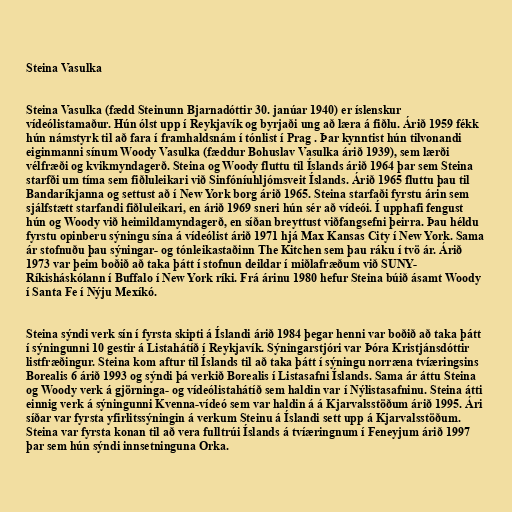
Steina Vasulka

Steina Vasulka (fædd Steinunn Bjarnadóttir 30. janúar 1940) er íslenskur
vídeólistamaður. Hún ólst upp í Reykjavík og byrjaði ung að læra á fiðlu. Árið 1959 fékk
hún námstyrk til að fara í framhaldsnám í tónlist í Prag . Þar kynntist hún tilvonandi
eiginmanni sínum Woody Vasulka (fæddur Bohuslav Vasulka árið 1939), sem lærði
vélfræði og kvikmyndagerð. Steina og Woody fluttu til Íslands árið 1964 þar sem Steina
starfði um tíma sem fiðluleikari við Sinfóníuhljómsveit Íslands. Árið 1965 fluttu þau til
Bandaríkjanna og settust að í New York borg árið 1965. Steina starfaði fyrstu árin sem
sjálfstætt starfandi fiðluleikari, en árið 1969 sneri hún sér að vídeói. Í upphafi fengust
hún og Woody við heimildamyndagerð, en síðan breyttust viðfangsefni þeirra. Þau héldu
fyrstu opinberu sýningu sína á vídeólist árið 1971 hjá Max Kansas City í New York. Sama
ár stofnuðu þau sýningar- og tónleikastaðinn The Kitchen sem þau ráku í tvö ár. Árið
1973 var þeim boðið að taka þátt í stofnun deildar í miðlafræðum við SUNY-
Ríkisháskólann í Buffalo í New York ríki. Frá árinu 1980 hefur Steina búið ásamt Woody
í Santa Fe í Nýju Mexíkó.

Steina sýndi verk sín í fyrsta skipti á Íslandi árið 1984 þegar henni var boðið að taka þátt
í sýningunni 10 gestir á Listahátíð í Reykjavík. Sýningarstjóri var Þóra Kristjánsdóttir
listfræðingur. Steina kom aftur til Íslands til að taka þátt í sýningu norræna tvíæringsins
Borealis 6 árið 1993 og sýndi þá verkið Borealis í Listasafni Íslands. Sama ár áttu Steina
og Woody verk á gjörninga- og vídeólistahátíð sem haldin var í Nýlistasafninu. Steina átti
einnig verk á sýningunni Kvenna-vídeó sem var haldin á á Kjarvalsstöðum árið 1995. Ári
síðar var fyrsta yfirlitssýningin á verkum Steinu á Íslandi sett upp á Kjarvalsstöðum.
Steina var fyrsta konan til að vera fulltrúi Íslands á tvíæringnum í Feneyjum árið 1997
þar sem hún sýndi innsetninguna Orka.